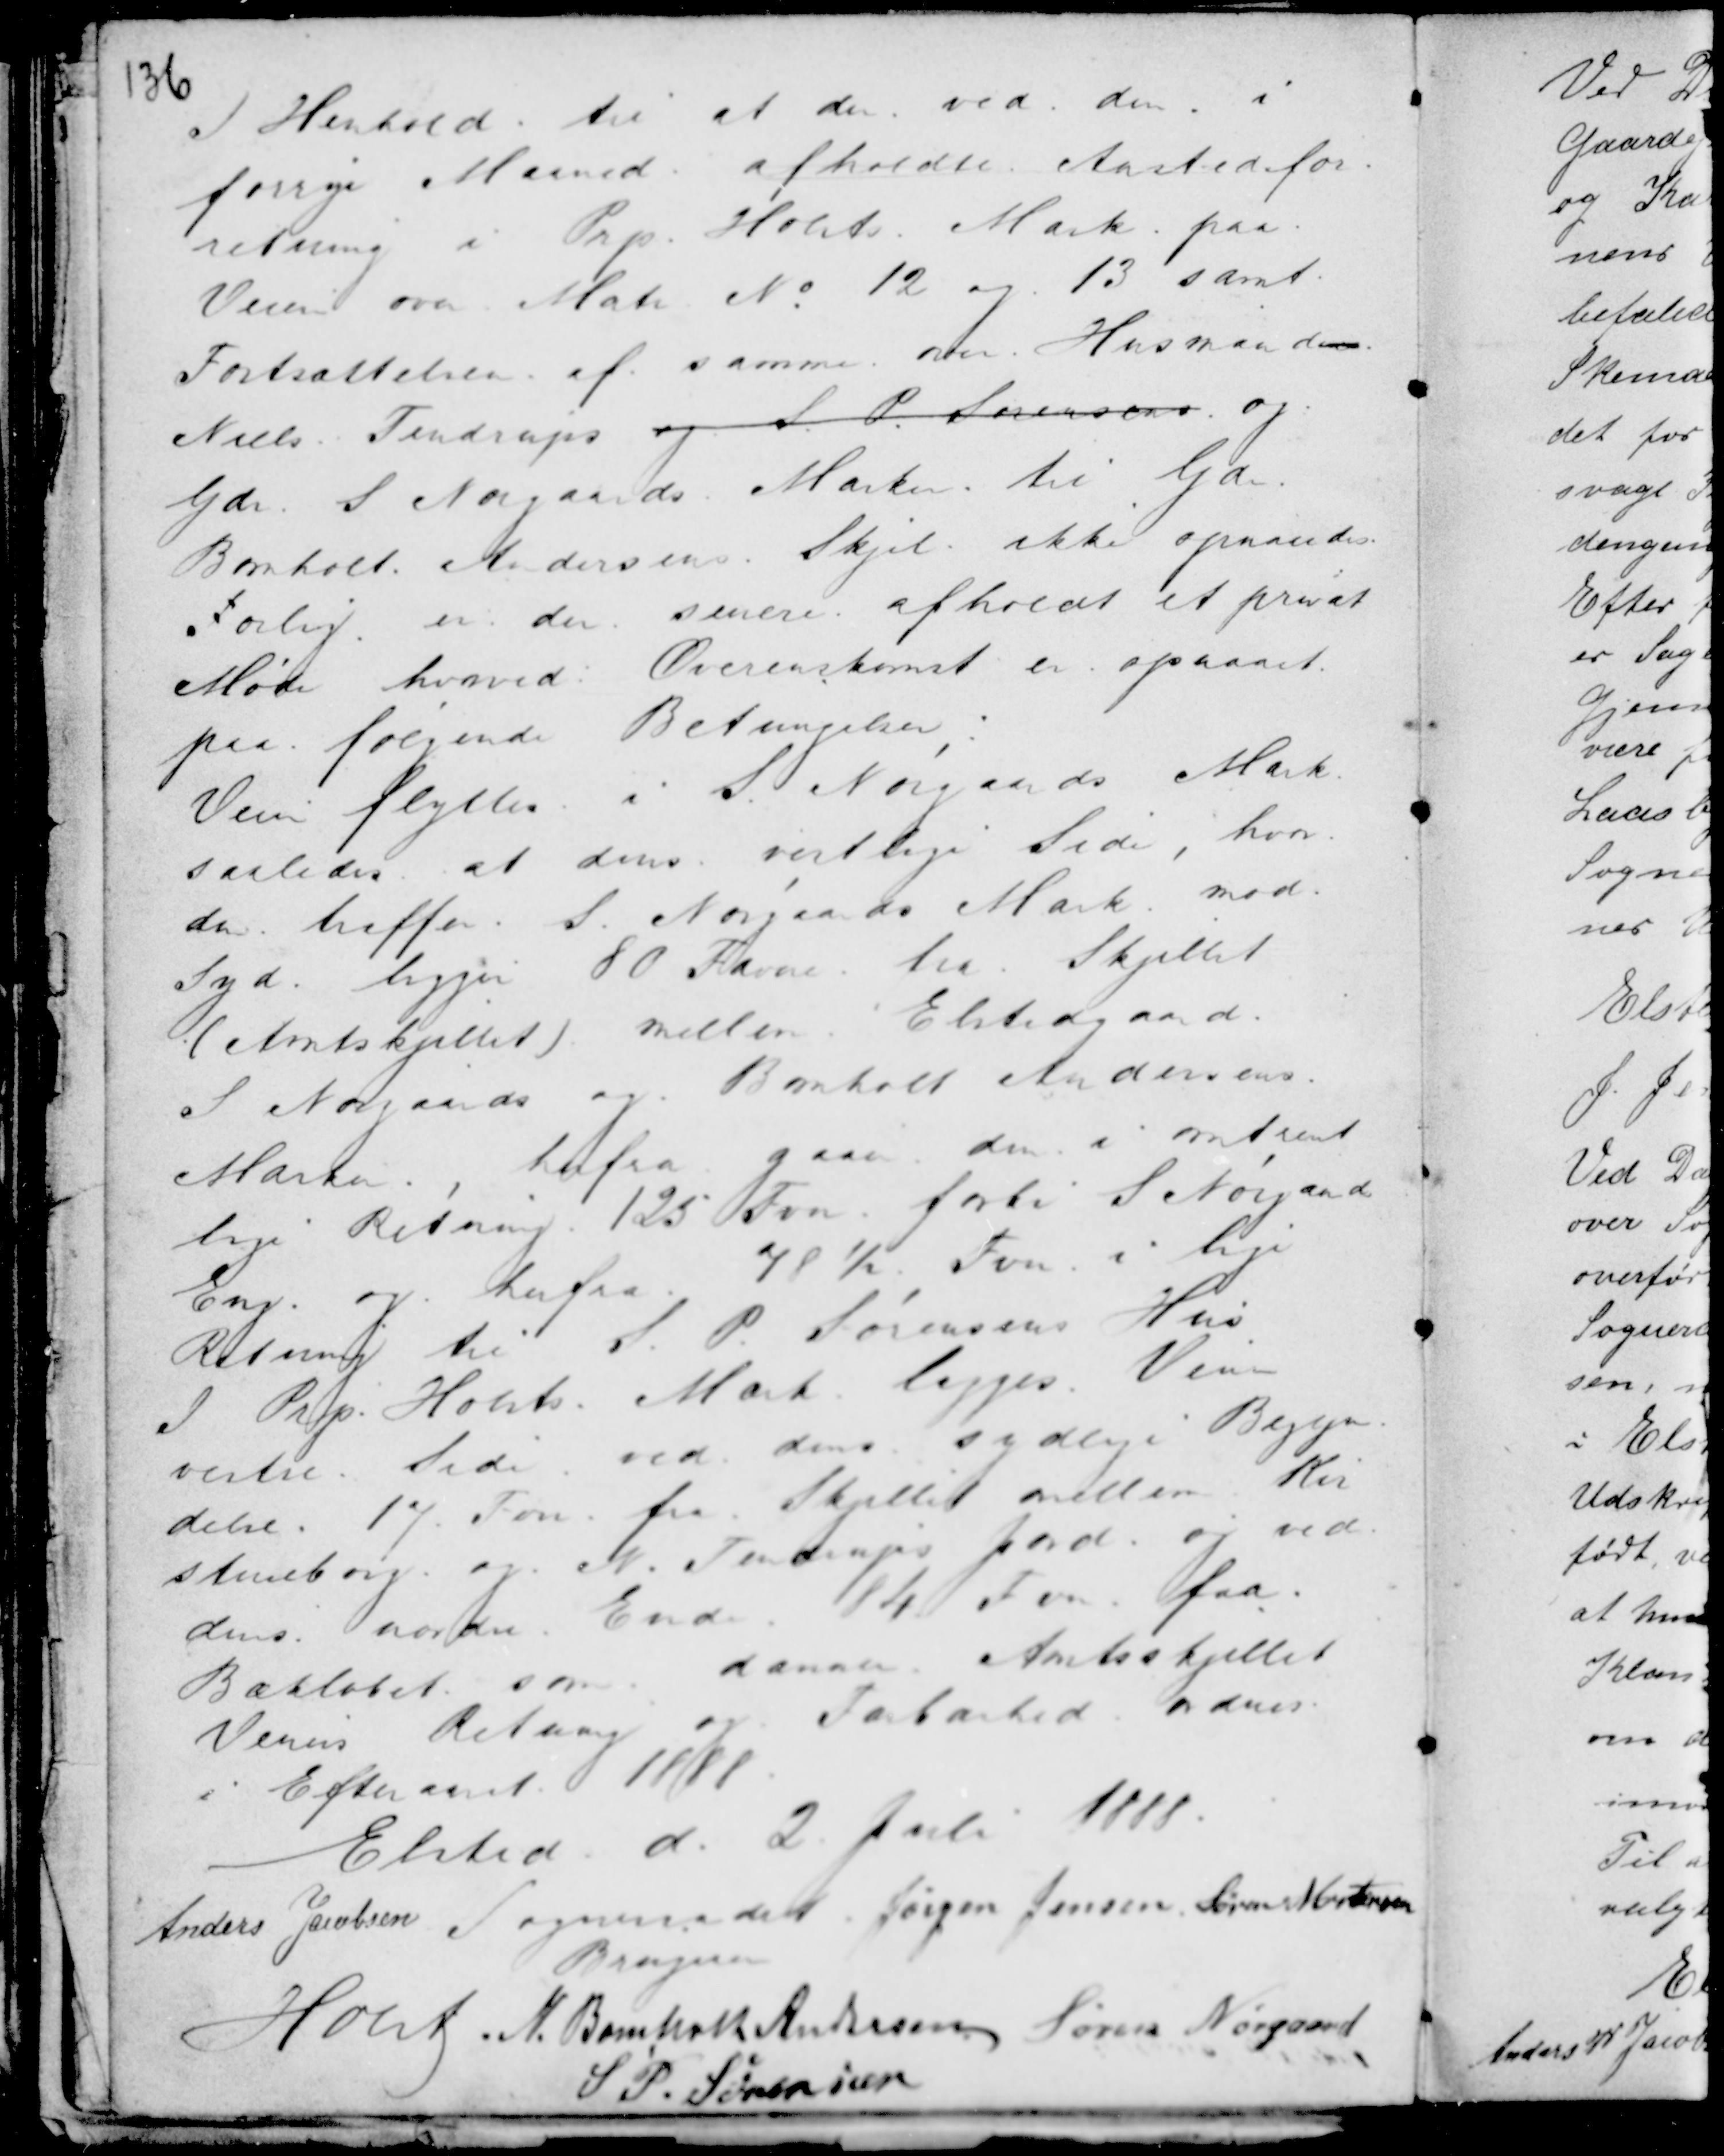
Transskription:
I Henhold til et der ved den i
forrige Maaned afholdte Aastedfor-
retning i Prp. Holsts Mark paa
Veien over Matr No 12 og 13 samt
Fortsættelsen af samme over Husmanden
Niels Tendrup og A. P. Sørensen og
Gdr S Nørgaards Mark til Gdr.
Bomholt Andersens Skjel ikke opnaaedes
Forlig er der senere afholdt et privat
Møde hvorved Overenskomst er opnaaet
paa følgende Betingelser, :
Veien flyttes i S. Nørgaards Mark
saaledes at dens vestlige Side, hvor
den træffer S. Nørgaards Mark mod
Syd ligger 80 Favne træ. Skjellet
(Amtsskjellet) mellem Elstedgaard
S Nørgaards og Bomholt Andersens
Marker, herfra gaar den i omtrent
lige Retning 125 Fvn forbi S Nørgaards
Eng og herfra 78½ Fvn i lige
Retning til S. P. Sørensens Hus
I Prp. Holsts Mark lægges Ven-
stre Side ved dens sydlige Begyn-
delse 17 Fvn fra Skjellet mellem Kir-
stineborg og N. Tendrups Jord og ved
dens nordre Ende 84 Fvn fra
Bækløbet som danner Amtsskjellet
Veiens Retning og Farbarhed ordnes
i Efteraaret 1888.

Elsted d. 2 Juli 1888.
Anders Jacobsen Sogneraadet Jørgen Jensen Søren Mortensen
Brugerer
Holst . N. Bomholt Andersen Søren Nørgaard
S P. Sørensen